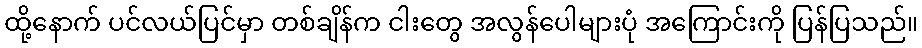
ထို့နောက် ပင်လယ်ပြင်မှာ တစ်ချိန်က ငါးတွေ အလွန်ပေါများပုံ အကြောင်းကို ပြန်ပြသည်။